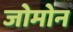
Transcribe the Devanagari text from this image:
जोमोन